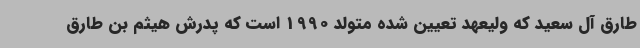
طارق آل سعید که ولیعهد تعیین شده متولد 1990 است که پدرش هیثم بن طارق